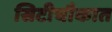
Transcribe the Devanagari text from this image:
सिटीचौकात